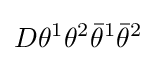
D\theta ^{1}\theta ^{2}{\bar {\theta }}^{1}{\bar {\theta }}^{2}